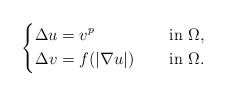
\begin{align*}\left\{\begin{aligned}\Delta u&=v^{p} &&\quad\mbox{ in } \Omega, \\\Delta v&=f(|\nabla u|) &&\quad\mbox{ in } \Omega.\end{aligned}\right.\end{align*}